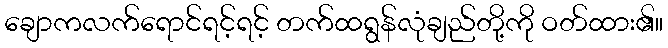
ချောကလက်ရောင်ရင့်ရင့် တက်ထရွန်လုံချည်တို့ကို ဝတ်ထား၏။